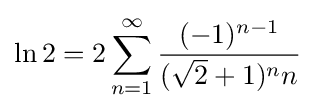
\ln 2=2\sum _{n=1}^{\infty }{\frac {(-1)^{n-1}}{({\sqrt {2}}+1)^{n}n}}